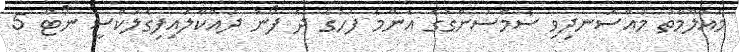
މައުލޫމާތު މުއްސަނދިވި ސެމްސަންގުގެ އެންމެ ފަހުގެ ދެ ފޯނު ދައްކާލައިފިގެލަކްސީ ނޯޓް 5